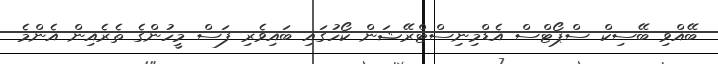
ބޭއްވި ބޭސިކް ސްޕޯޓްސް އެޑްމިނިސްޓްރޭޝަން ކޯހުގައި ބައިވެރި ފަސް މީހުންގެ ތެރެއިން އެންމެ